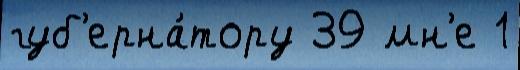
губ'ерна́тору 39 мн'е 1